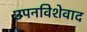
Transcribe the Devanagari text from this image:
उपनविशेवाद